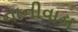
નાનીવાડા